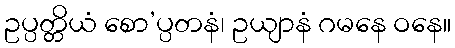
ဥပ္ပတ္တိယံ စော’ပ္ပတနံ၊ ဥယျာနံ ဂမနေ ဝနေ။